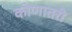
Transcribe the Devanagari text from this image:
कोणातरी